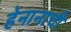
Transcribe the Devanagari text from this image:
हेनानाची